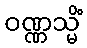
ဝဏ္ဏသ္မိံ